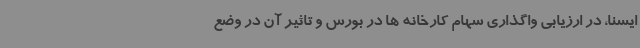
ایسنا، در ارزیابی واگذاری سهام کارخانه ها در بورس و تاثیر آن در وضع